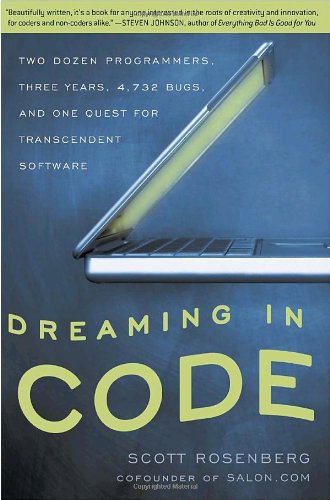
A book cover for Dreaming in Code: Two Dozen Programmers, Three Years, 4,732 Bugs, and One Quest for Transcendent Software; Scott Rosenberg; Computers & Technology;